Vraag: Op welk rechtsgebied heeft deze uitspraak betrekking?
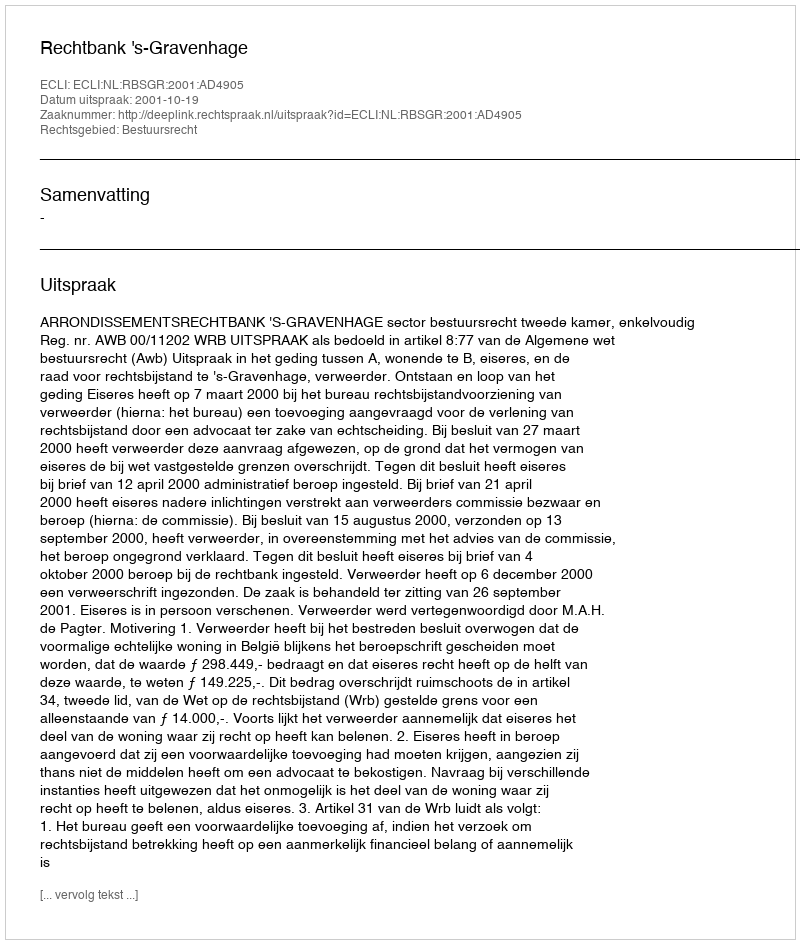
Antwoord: Bestuursrecht